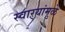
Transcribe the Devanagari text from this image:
स्वाऱ्यांमुळे